Civil Veterinary Dept. Bombay admin report 1932-41 - 1932-1941
Year: 1932
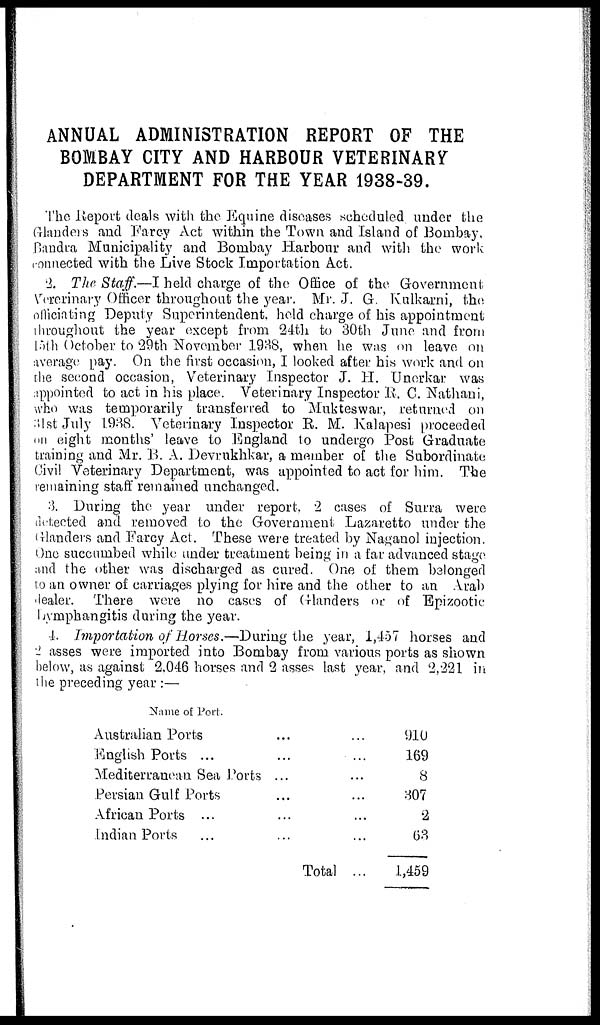
ANNUAL ADMINISTRATION REPORT OF THE
BOMBAY CITY AND HARBOUR VETERINARY
DEPARTMENT FOR THE YEAR 1938-39.
The Report deals with the Equine diseases scheduled under the
Glanders and Farcy Act within the Town and Island of Bombay,
Bandra Municipality and Bombay Harbour and with the work
connected with the Live Stock Importation Act.
2. The Staff.—I held charge of the Office of the. Government
Vererinary Officer throughout the year. Mr. J. G. Kulkarni, the
officiating Deputy Superintendent, held charge of his appointment
throughout the year except from 24th to 30th June and from
15th October to 29th November 1938, when he was on leave on
average pay. On the first occasion, I looked after his work and on
the second occasion, Veterinary Inspector J. H. Unerkar was
appointed to act in his place. Veterinary Inspector R. C. Nathani,
who was temporarily transferred to Mukteswar, returned on
31st July 1938. Veterinary Inspector E. M. Kalapesi proceeded
on eight months' leave to England to undergo Post Graduate
training and Mr. B. A. Devrukhkar, a member of the Subordinate
Civil Veterinary Department, was appointed to act for him. The
remaining staff remained unchanged.
3. During the year under report, 2 cases of Surra were
detected and removed to the Government Lazaretto under the
Glanders and Farcy Act. These were treated by Naganol injection.
One succumbed while under treatment being in a far advanced stage
and the other was discharged as cured. One of them belonged
to an owner of carriages plying for hire and the other to an Arab
dealer. There were no cases of Glanders or of Epizootic
Lymphangitis during the year.
4. Importation of Horses.—During the year, 1,457 horses and
2 asses were imported into Bombay from various ports as shown
below, as against 2,046 horses and 2 asses last year, and 2,221 in
the preceding year :—
Name of Port.
Australian Ports ... ...
English Ports ... ... ...
Mediterranean Sea Ports ... ...
Persian Gulf Ports ... ...
African Ports ... ... ...
Indian Ports ... ... ...
Total ...
910
169
8
307
2
63
1,459